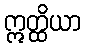
ဣတ္ထိယာ